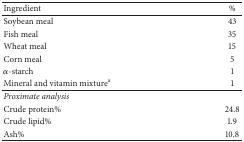
| Ingredient | % |
 | --- | --- |
 | Soybean meal | 43 |
 | Fish meal | 35 |
 | Wheat meal | 15 |
 | Corn meal | 5 |
 | α-starch | 1 |
 | Mineral and vitamin mixturea | 1 |
 | Proximate analysis |  |
 | Crude protein% | 24.8 |
 | Crude lipid% | 1.9 |
 | Ash% | 10.8 |